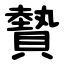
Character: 䞇